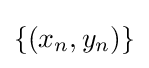
\{(x_{n},y_{n})\}